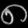
Digit: ၈